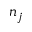
n _ { j }